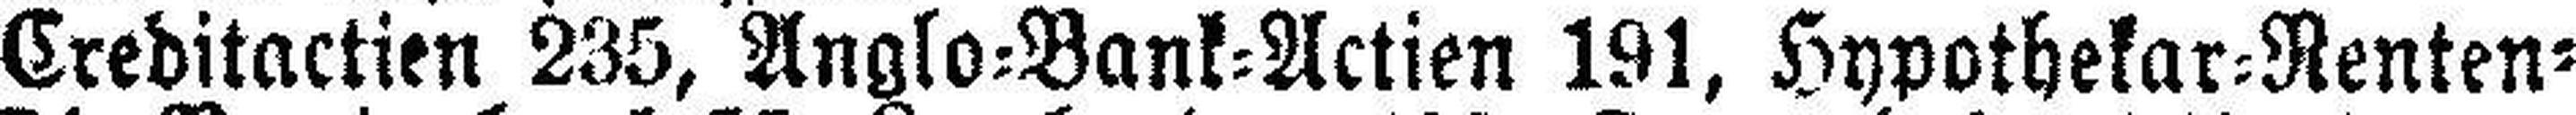
Creditactien 235, Anglo=Bank=Actien 191, Hypothekar=Renten¬